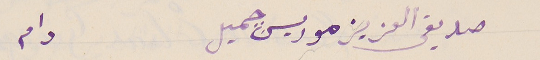
صديقى العزيز موريس جميل      دام